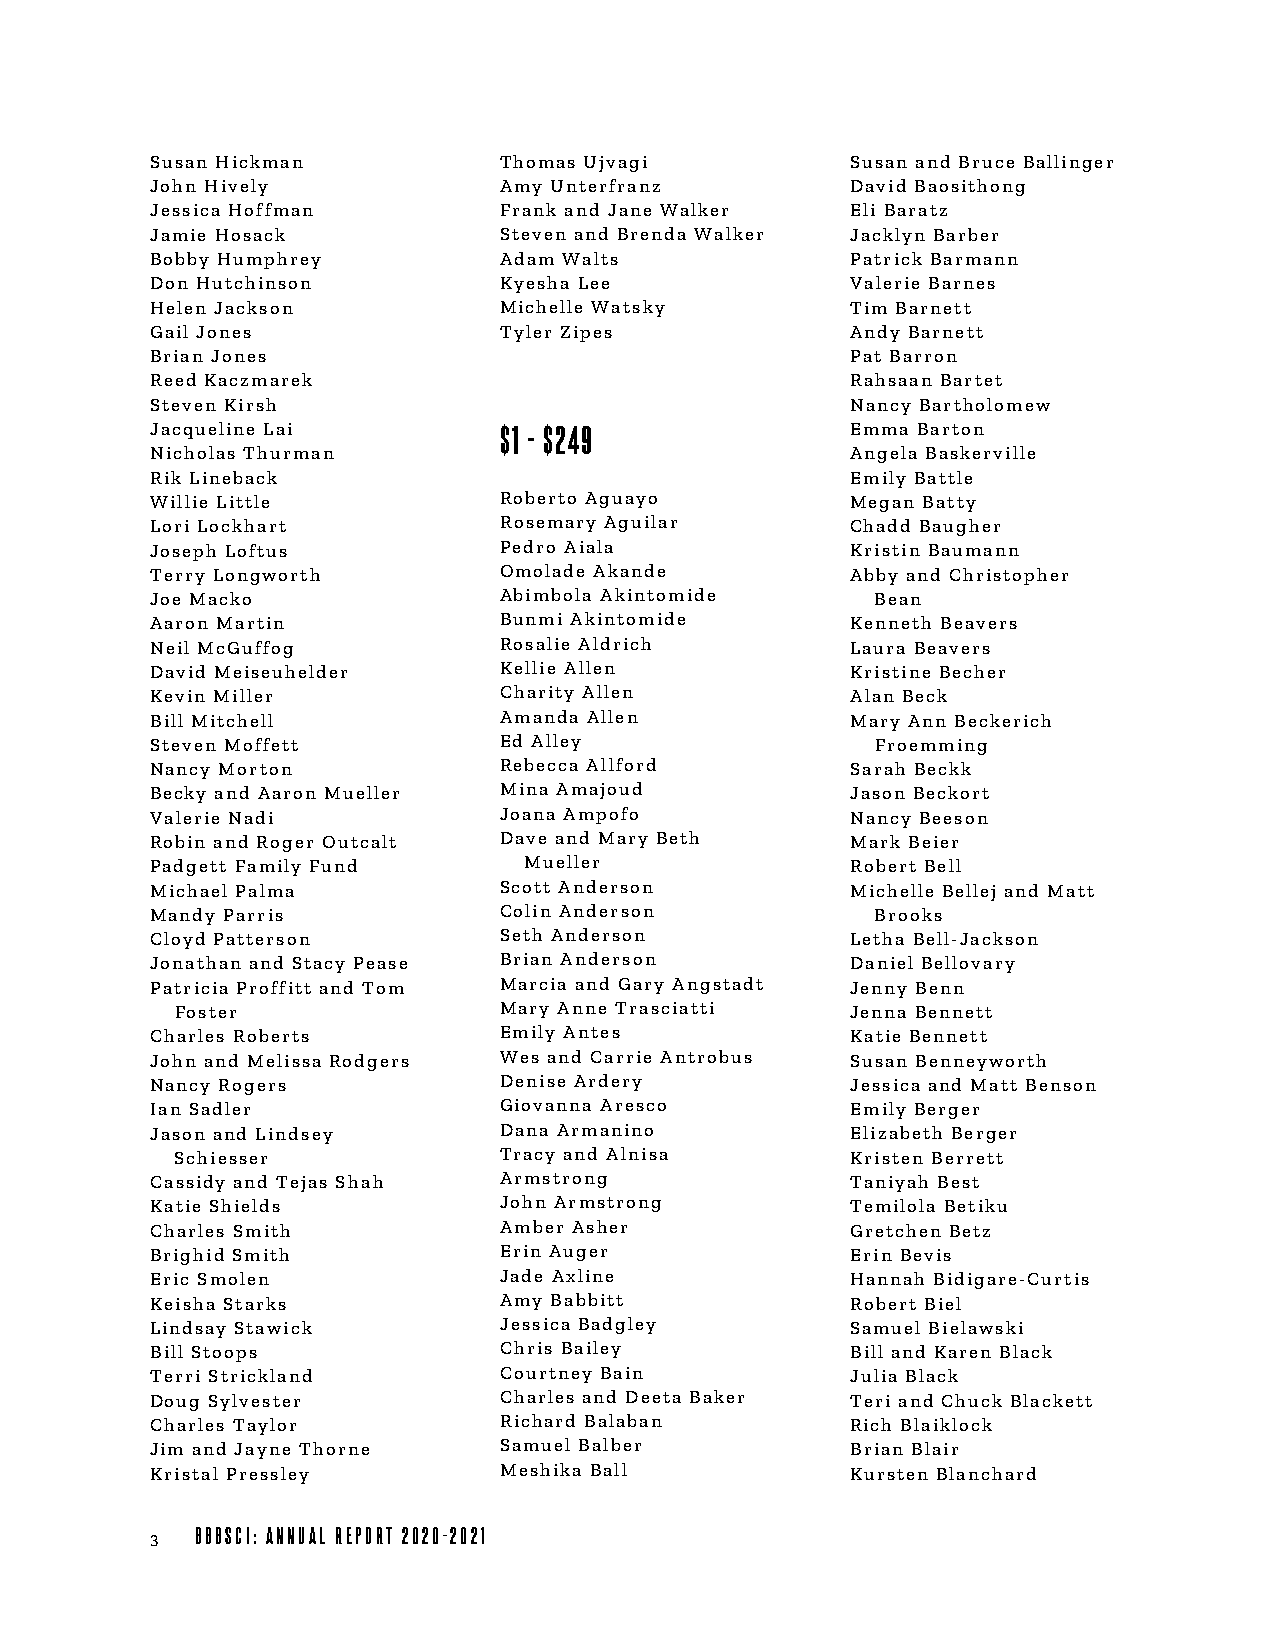
Susan Hickman          Thomas Ujvagi          Susan and Bruce Ballinger
 John Hively            Amy Unterfranz         David Baosithong
 Jessica Hoffman        Frank and Jane Walker  Eli Baratz
 Jamie Hosack           Steven and Brenda Walker Jacklyn Barber
 Bobby Humphrey         Adam Walts             Patrick Barmann
 Don Hutchinson         Kyesha Lee             Valerie Barnes
 Helen Jackson          Michelle Watsky        Tim Barnett
 Gail Jones             Tyler Zipes            Andy Barnett
 Brian Jones                                   Pat Barron
 Reed Kaczmarek                                Rahsaan Bartet
 Steven Kirsh                                  Nancy Bartholomew
 Jacqueline Lai         $1 - $249              Emma Barton
 Nicholas Thurman                              Angela Baskerville
 Rik Lineback                                  Emily Battle
 Willie Little          Roberto Aguayo         Megan Batty
 Lori Lockhart          Rosemary Aguilar       Chadd Baugher
 Joseph Loftus          Pedro Aiala            Kristin Baumann
 Terry Longworth        Omolade Akande         Abby and Christopher
 Joe Macko              Abimbola Akintomide      Bean
 Aaron Martin           Bunmi Akintomide       Kenneth Beavers
 Neil McGuffog          Rosalie Aldrich        Laura Beavers
 David Meiseuhelder     Kellie Allen           Kristine Becher
 Kevin Miller           Charity Allen          Alan Beck
 Bill Mitchell          Amanda Allen           Mary Ann Beckerich
 Steven Moffett         Ed Alley                 Froemming
 Nancy Morton           Rebecca Allford        Sarah Beckk
 Becky and Aaron Mueller Mina Amajoud          Jason Beckort
 Valerie Nadi           Joana Ampofo           Nancy Beeson
 Robin and Roger Outcalt Dave and Mary Beth    Mark Beier
 Padgett Family Fund      Mueller              Robert Bell
 Michael Palma          Scott Anderson         Michelle Bellej and Matt
 Mandy Parris           Colin Anderson           Brooks
 Cloyd Patterson        Seth Anderson          Letha Bell-Jackson
 Jonathan and Stacy Pease Brian Anderson       Daniel Bellovary
 Patricia Proffitt and Tom Marcia and Gary Angstadt Jenny Benn
 Foster               Mary Anne Trasciatti   Jenna Bennett
 Charles Roberts        Emily Antes            Katie Bennett
 John and Melissa Rodgers Wes and Carrie Antrobus Susan Benneyworth
 Nancy Rogers           Denise Ardery          Jessica and Matt Benson
 Ian Sadler             Giovanna Aresco        Emily Berger
 Jason and Lindsey      Dana Armanino          Elizabeth Berger
 Schiesser            Tracy and Alnisa       Kristen Berrett
 Cassidy and Tejas Shah Armstrong              Taniyah Best
 Katie Shields          John Armstrong         Temilola Betiku
 Charles Smith          Amber Asher            Gretchen Betz
 Brighid Smith          Erin Auger             Erin Bevis
 Eric Smolen            Jade Axline            Hannah Bidigare-Curtis
 Keisha Starks          Amy Babbitt            Robert Biel
 Lindsay Stawick        Jessica Badgley        Samuel Bielawski
 Bill Stoops            Chris Bailey           Bill and Karen Black
 Terri Strickland       Courtney Bain          Julia Black
 Doug Sylvester         Charles and Deeta Baker Teri and Chuck Blackett
 Charles Taylor         Richard Balaban        Rich Blaiklock
 Jim and Jayne Thorne   Samuel Balber          Brian Blair
 Kristal Pressley       Meshika Ball           Kursten Blanchard
 3  BBBSCI: ANNUAL REPORT 2020-2021